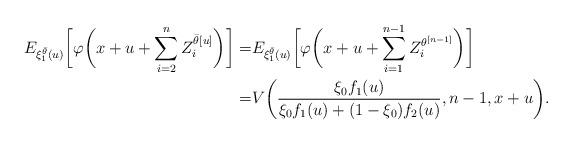
LaTeX: \begin{align*}E_{\xi^{\bar{\theta}}_1(u)}\biggl[\varphi\biggl(x+u+\sum_{i=2}^{n}Z^{{\bar{\theta}}[u]}_i\biggr)\biggr]=&E_{\xi^{\bar{\theta}}_1(u)}\biggl[\varphi\biggl(x+u+\sum_{i=1}^{n-1}Z^{\theta^{[n-1]}}_i\biggr)\biggr]\\=&V\bigg(\frac{\xi_0f_1(u) }{\xi_0 f_1(u)+(1-\xi_0)f_2(u)}, n-1, x+u\bigg).\end{align*}